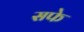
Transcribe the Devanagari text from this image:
सफे